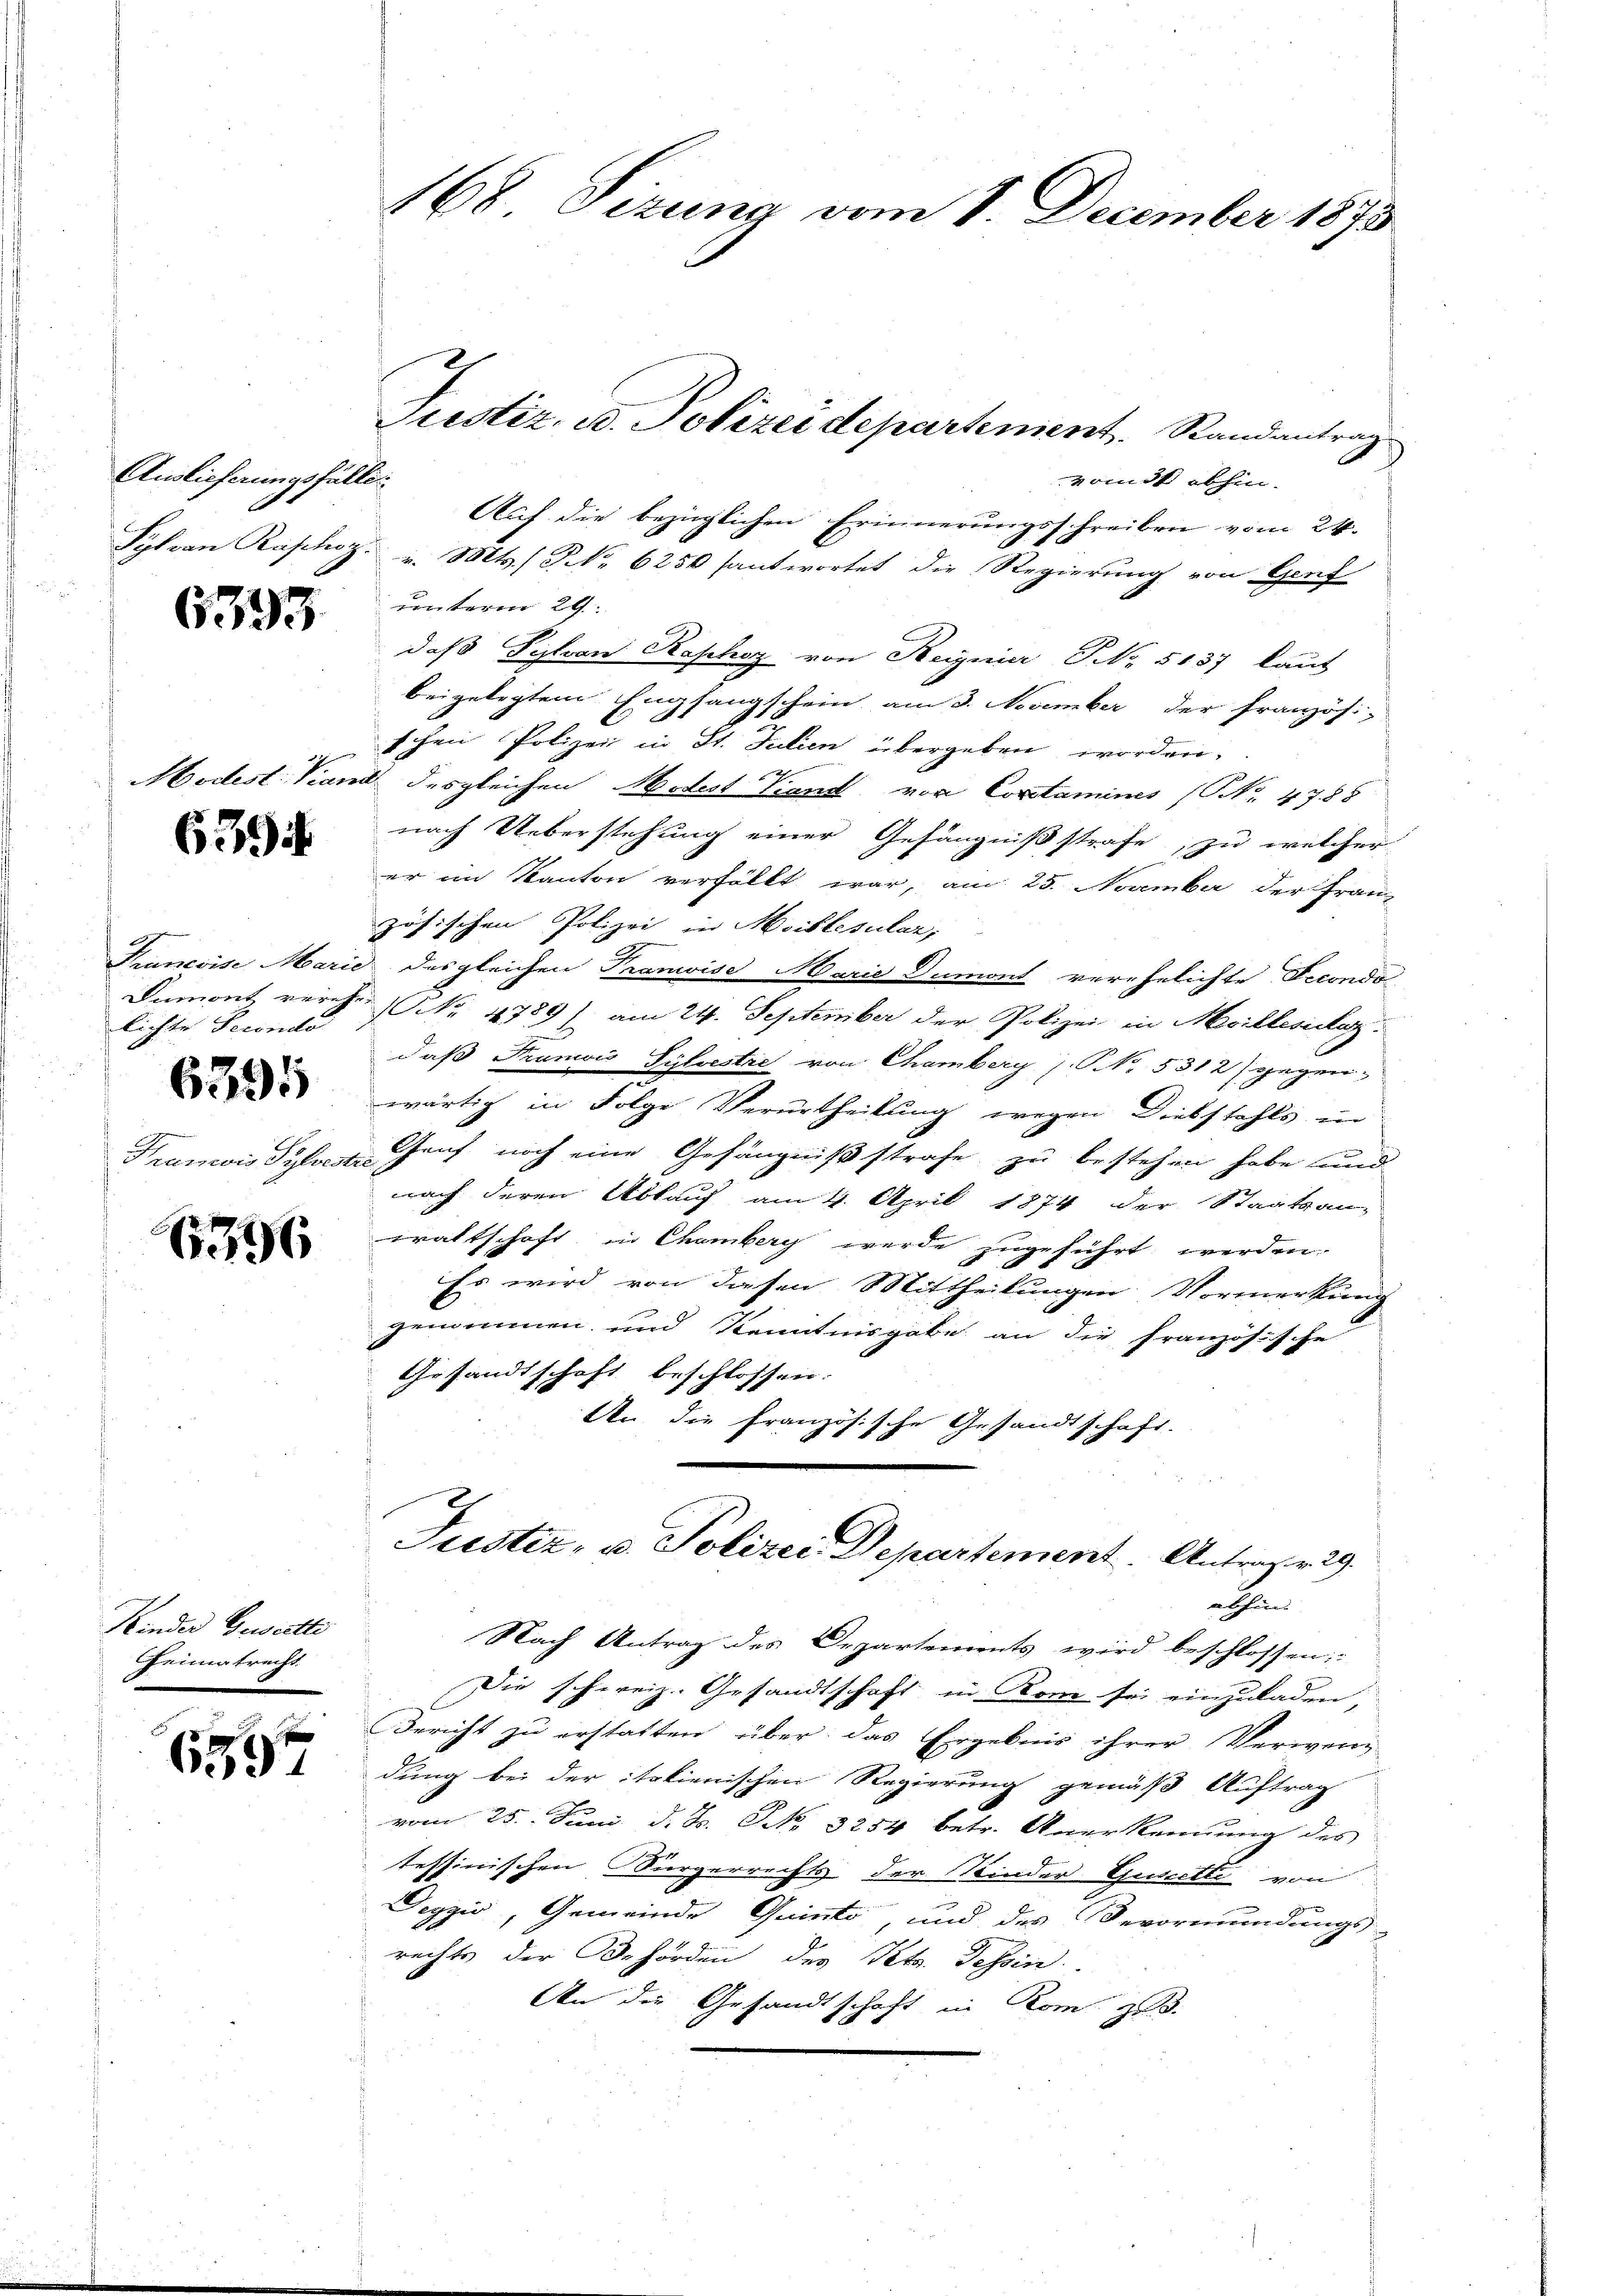
Auslieferungsfällif

6393

639.

Prunecise Mari
Damont vereh
lichte Fecondo

6395

Tramois Pyloede

6396

Kinder Geserthe
Heimatrecht

d
659.

168 Sizung vom 1. December 1873

vom 31 abhin.
Auf die bezüglichen Erinnerungsschreiben vom 24.
Sylvan Raphoz. v. Mts., NNo. 6250 santwortet die Regierung von Genf
unterm 29.
daß Silvan Raphoy von Reignier NNo. 5187 laut
beigelegtem Empfangschein am 3. November der Französi-
tchen Polizei in St. Julien übergeben worden.
Mortest. Vand desgleichen Modest Viand von Copotaminis (NNo. 4788
nach Ueberstehung einer Gefängnißstrafe, zu welcher
er im Kanton verfällt war, am 25. November der Fran-
zösischen Polizei in Maiblesular,
e
id des gleichen Trancise Marie Dumont verehelichte Fecondo
 NNo. 4789) am 24. September der Polizei in Meillesiaz.
daß Frano Sylvestre von Chamberg / NNo. 5312) gegen-
wärtig in Folge Verurtheilung wegen Diebstahls in
Genf noch eine Gefängnißstrafe zu bestehen habe und
nach deren Abkauf am 4. April 1874 der Staatsan
waltschaft in Chamberg werde zugeführt werden.
Es wird von diesen Mittheilungen Vormerkung
genommen und Kenntnisgabe an die französische
Gesandtschaft beschlossen.
An die französische Gesandtschaft.
Justiz, u. Polizei Departement. Antrag r. 29.
atsein
Nach Antrag des Departements wird beschlossen:
Die schweiz. Gesandtschaft in Rome sei einzuladen,
Bericht zu erstatten über das Ergebnis ihrer Verwendung bei der italienischen Regierung gemäß Auftrag
vom 25. Juni d. Js. NNo. 3254 betr. Anerkennung des
tessinischen Bürgerrechts der Kinder Guscette von
Degzić, Gemeinde Quinto, und des Bevormundungs-
rechts der Behörden des Pets. Tessin.
An die Gesandtschaft in Rom zu.

Justiz- u. Polizeidepartement Randantrag